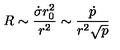
R \sim { \frac { \dot { \sigma } r _ { 0 } ^ { 2 } } { r ^ { 2 } } } \sim { \frac { \dot { p } } { r ^ { 2 } { \sqrt p } } }